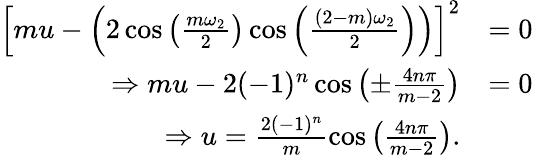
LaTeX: \begin{array}{rl}{\left[mu-\left(2\cos\left(\frac{m\omega_{2}}{2}\right)\cos\left(\frac{(2-m)\omega_{2}}{2}\right)\right)\right]^{2}}&{=0}\\ {\Rightarrow mu-2(-1)^{n}\cos\left(\pm\frac{4n\pi}{m-2}\right)}&{=0}\\ {\Rightarrow u=\frac{2(-1)^{n}}{m}\cos\left(\frac{4n\pi}{m-2}\right).}\end{array}